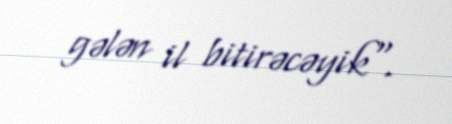
gələn il bitirəcəyik".